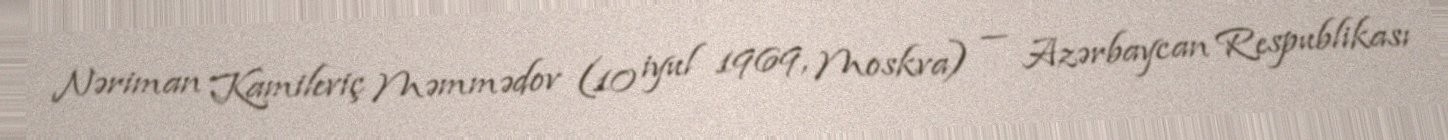
Nəriman Kamileviç Məmmədov (10 iyul 1969, Moskva) — Azərbaycan Respublikası